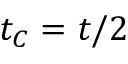
t _ { C } = t / 2